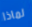
لماذا